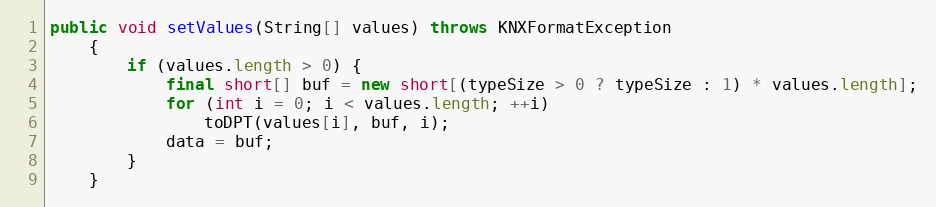
Language: Java
public void setValues(String[] values) throws KNXFormatException
	{
		if (values.length > 0) {
			final short[] buf = new short[(typeSize > 0 ? typeSize : 1) * values.length];
			for (int i = 0; i < values.length; ++i)
				toDPT(values[i], buf, i);
			data = buf;
		}
	}